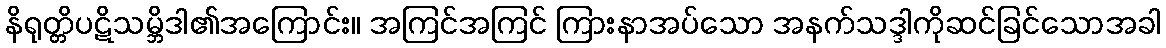
နိရုတ္တိပဋိသမ္ဘိဒါ၏အကြောင်း။ အကြင်အကြင် ကြားနာအပ်သော အနက်သဒ္ဒါကိုဆင်ခြင်သောအခါ